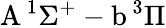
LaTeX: \textrm{A}\, ^{1}\Sigma^{+}-\textrm{b}\, ^{3}\Pi